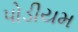
પોડીયમ